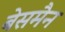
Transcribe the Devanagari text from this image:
बेसमैन